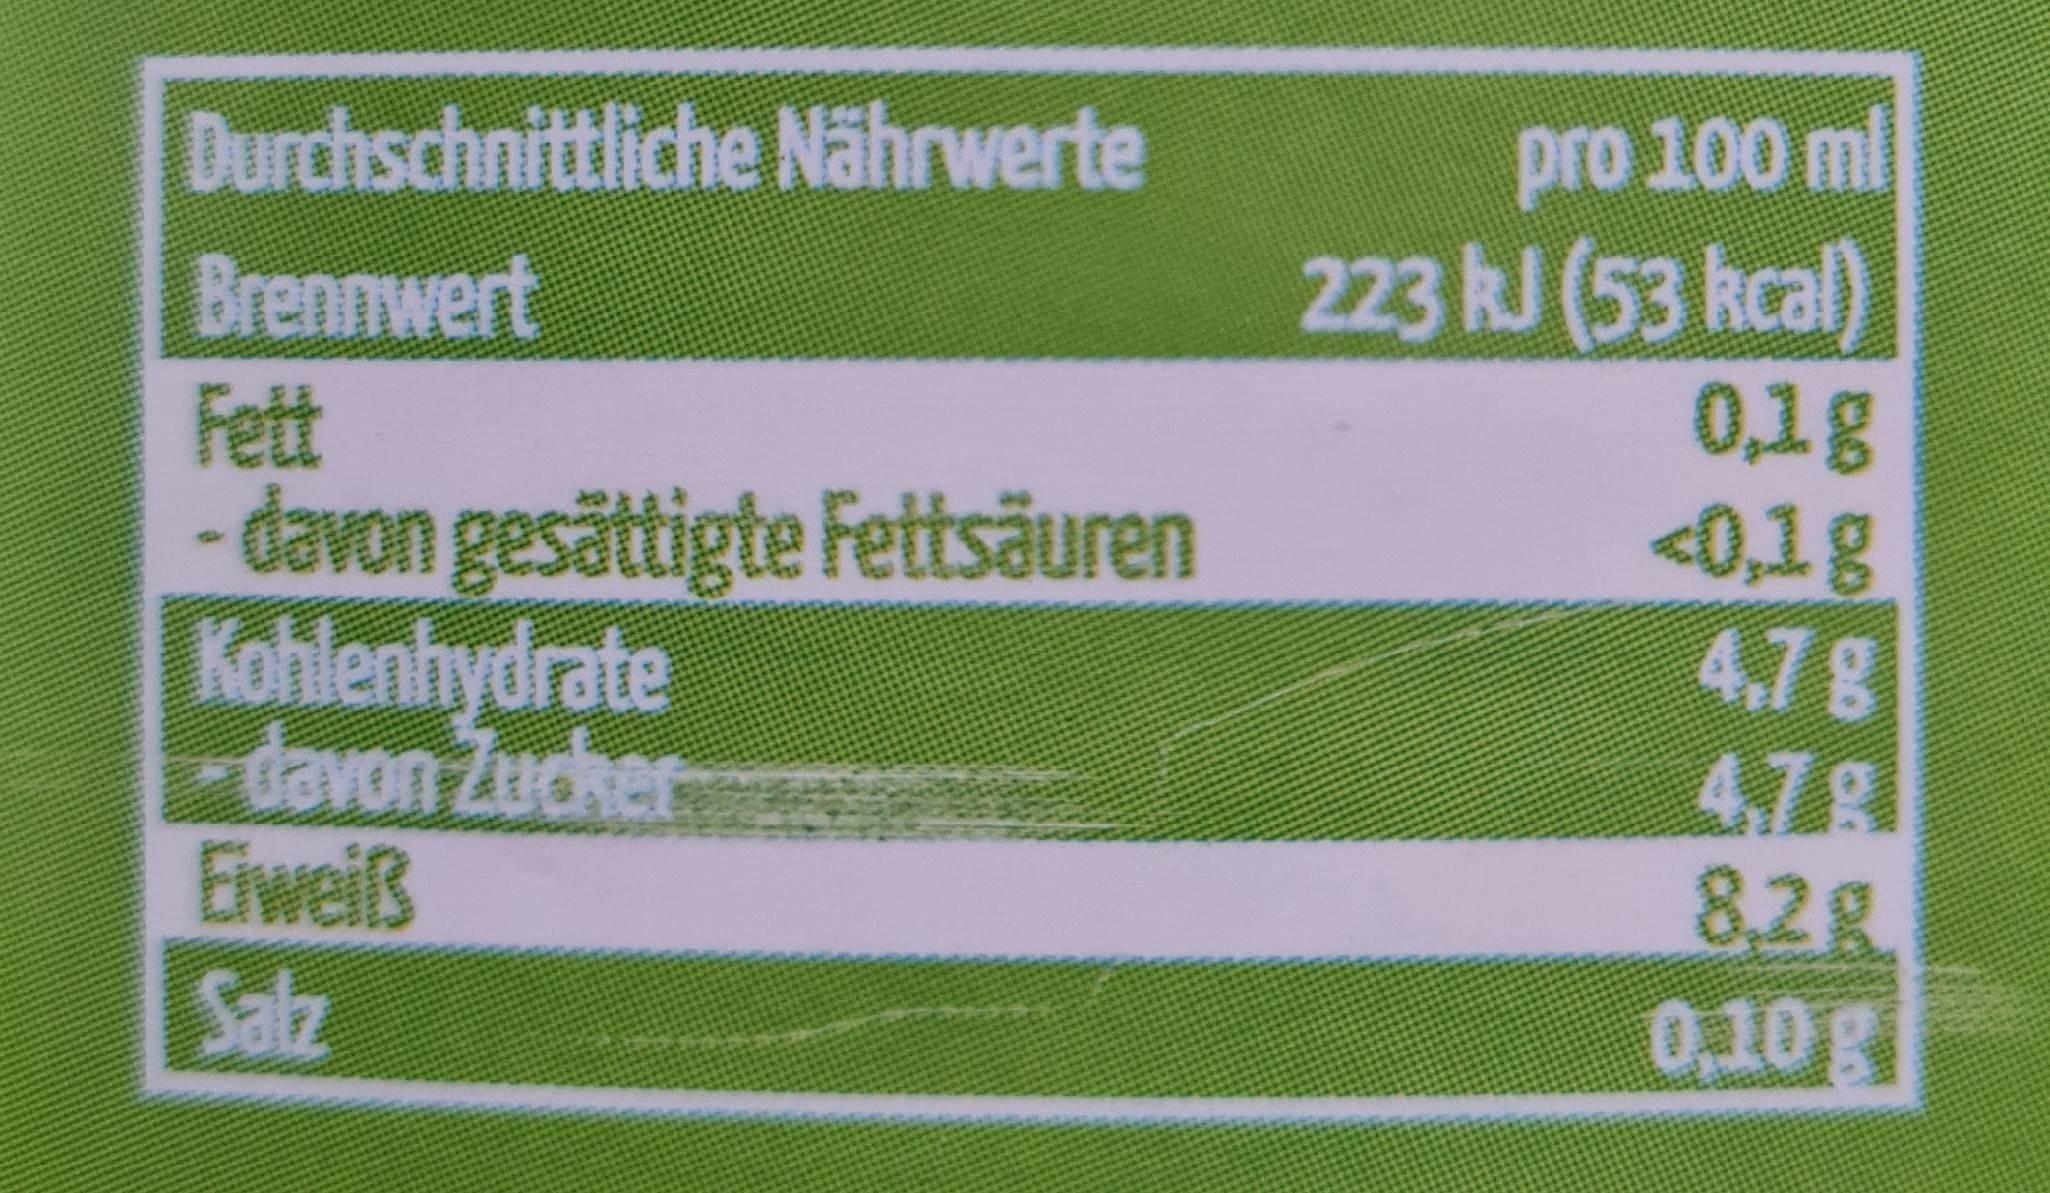
Durchschnittliche Nährwerte
Brennwert Fett davon gesättigte Fettsäuren Kohlenhydrate -davon Zucher Eiweiß
pro 100 ml 223 kJ (53 kcal) 0,1g <0,1g 4.78 4.7g 8,2g 0,10g
Salz